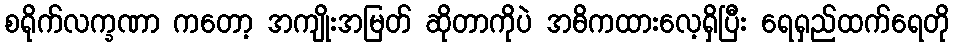
စရိုက်လက္ခဏာ ကတော့ အကျိုးအမြတ် ဆိုတာကိုပဲ အဓိကထားလေ့ရှိပြီး ရေရှည်ထက်ရေတို